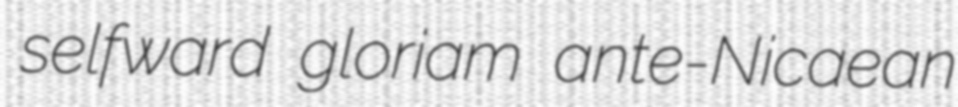
selfward gloriam ante-Nicaean